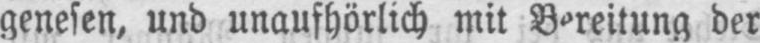
der